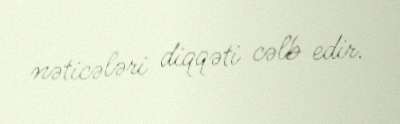
nəticələri diqqəti cəlb edir.